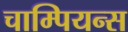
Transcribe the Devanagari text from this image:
चाम्पियन्स